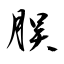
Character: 脵